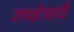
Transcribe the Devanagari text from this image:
रणक्षेत्राची